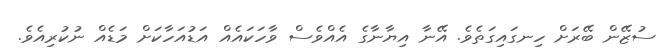
ސުޒޭން ބޭރަށް ހިނގައިގަތެވެ. އޭނާ އިޔާނާގެ އެއްވެސް ވާހަކައެއް އަޑުއަހާކަށް މަޑެއް ނުކުރިއެވެ.